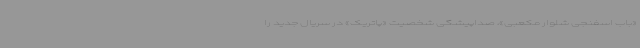
«باب اسفنجی شلوار مکعبی»، صداپیشگی شخصیت «پاتریک» در سریال جدید را